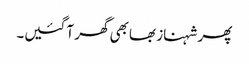
پھر شہناز بھابھی گھر آ گئیں۔